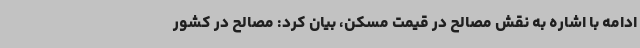
ادامه با اشاره به نقش مصالح در قیمت مسکن، بیان کرد: مصالح در کشور